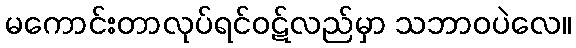
မကောင်းတာလုပ်ရင်ဝဋ်လည်မှာ သဘာဝပဲလေ။